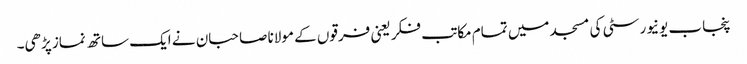
پنجاب یونیورسٹی کی مسجد میں تمام مکاتب فکر یعنی فرقوں کے مولانا صاحبان نے ایک ساتھ نماز پڑھی۔